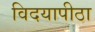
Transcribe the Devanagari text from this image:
विदयापीठा